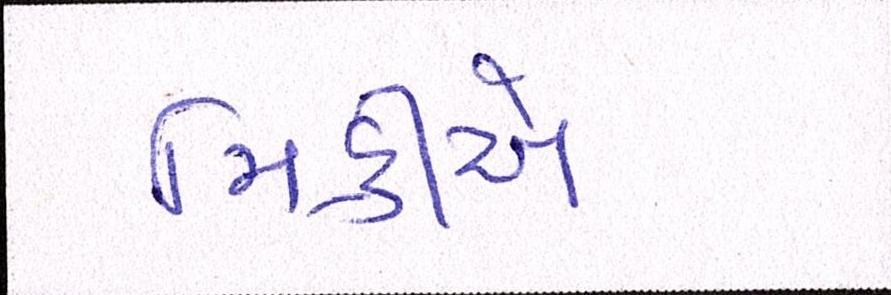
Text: મિક્રીએ